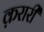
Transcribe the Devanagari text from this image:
क़रारी